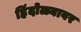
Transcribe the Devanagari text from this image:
हिंदोळ्यावर